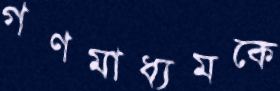
গণমাধ্যমকে